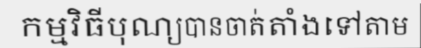
កម្មវិធីបុណ្យបានចាត់តាំងទៅតាម